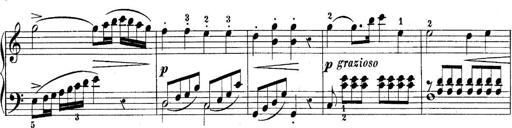
Title: 10 Sonatines progressives
Composer: Anton Schmoll